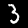
Digit: 3